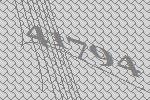
41794